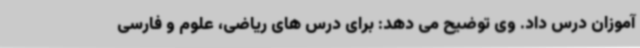
آموزان درس داد. وی توضیح می دهد: برای درس های ریاضی، علوم و فارسی